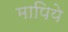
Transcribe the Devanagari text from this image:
मापिये